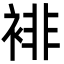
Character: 裶